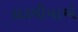
દાડમીયાએ